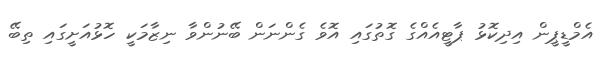
އެމްޑީޕީން އިދިކޮޅު ޕާޓީއެއްގެ ގޮތުގައި އޮވެ ގެންނަން ބޭނުންވާ ނިޒާމަކީ ހޮޅުއަށީގައި ތިބޭ